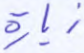
زيارة